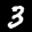
Label: 3